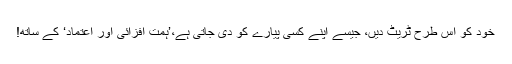
خود کو اس طرح ٹریٹ دیں، جیسے اپنے کسی پیارے کو دی جاتی ہے،’ہمت افزائی اور اعتماد‘ کے ساتھ!